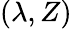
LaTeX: (\lambda,Z)